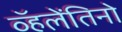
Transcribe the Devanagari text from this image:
व्हॅलेंतिनो